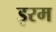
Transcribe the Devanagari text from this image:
इरम